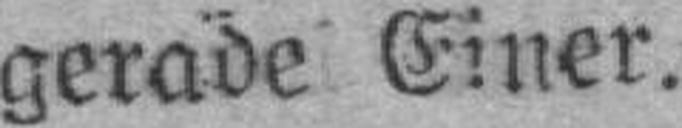
gerade Einer.